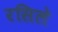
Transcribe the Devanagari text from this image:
रसिले